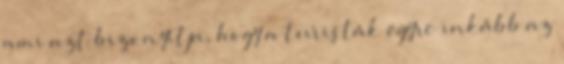
ami azt bizonyítja, hogy a turisták egyre inkább az